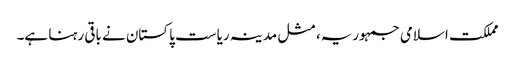
مملکت اسلامی جمہوریہ، مثل مدینہ ریاست پاکستان نے باقی رہنا ہے۔